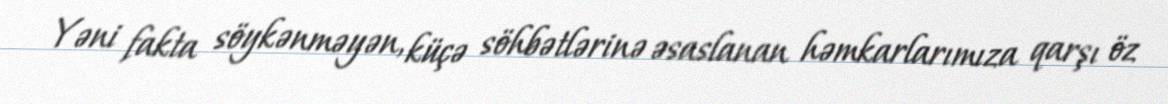
Yəni fakta söykənməyən, küçə söhbətlərinə əsaslanan həmkarlarımıza qarşı öz